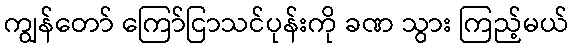
ကျွန်တော် ကြော်ငြာသင်ပုန်းကို ခဏ သွား ကြည့်မယ်